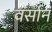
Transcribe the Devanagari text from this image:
वर्सानं